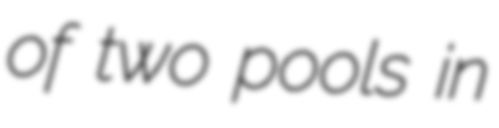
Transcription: of two pools in